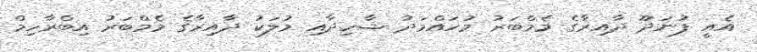
އެއީ ފުނަދޫ ދާއިރާގެ މެމްބަރު މުހައްމަދު ޝާހިދާއި މުލަކު ދާއިރާގެ މެމްބަރު އިބްރާހިމް